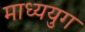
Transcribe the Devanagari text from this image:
माध्ययुग